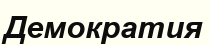
Демократия